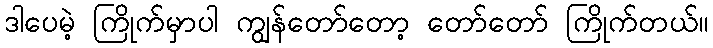
ဒါပေမဲ့ ကြိုက်မှာပါ ကျွန်တော်တော့ တော်တော် ကြိုက်တယ်။